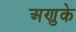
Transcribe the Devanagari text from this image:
अणुके